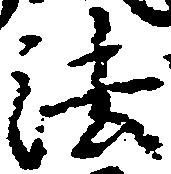
法